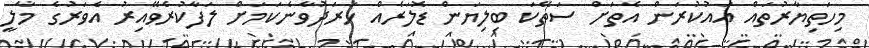
މިހަތިޔާރުތައް އައުކުރަން އެތަށް ސަތޭކަ ބިލިޔަން ޑޮލަރެއް ޚަރަދުވާނެކަމަށް ލަފާކުރެވޭއިރު އެވަރުގެ މާލީ